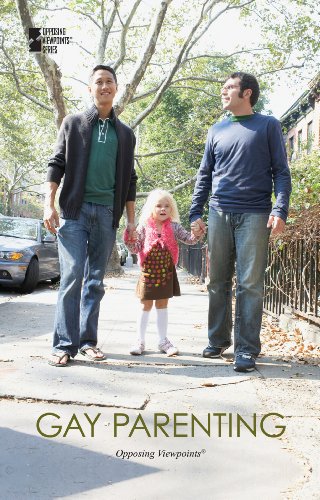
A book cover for Gay Parenting (Opposing Viewpoints); Beth Rosenthal; Teen & Young Adult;